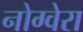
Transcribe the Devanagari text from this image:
नोग्वेरा